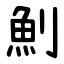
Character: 魝